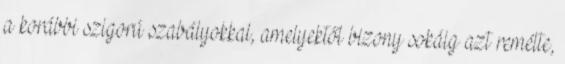
a korábbi szigorú szabályokkal, amelyektől bizony sokáig azt remélte,